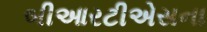
બીઆરટીએસના